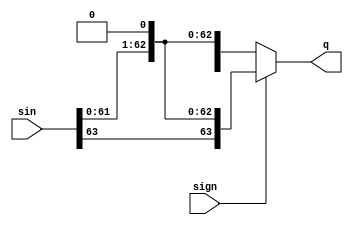

module shifter(input sign,
               input [63:0]sin,
               output [63:0]q);

assign q = (sign)?{sin[63],sin[61:0],1'b0}:(sin<<1);//for keep sign/unsign
//q = {sin[62:0],1'b0};

endmodule